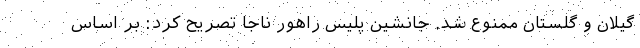
گیلان و گلستان ممنوع شد. جانشین پلیس راهور ناجا تصریح کرد: بر اساس